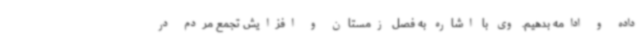
داده و ادامه بدهیم. وی با اشاره به فصل زمستان و افزایش تجمع مردم در